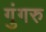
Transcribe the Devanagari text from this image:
गुंगरु